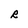
Character: R